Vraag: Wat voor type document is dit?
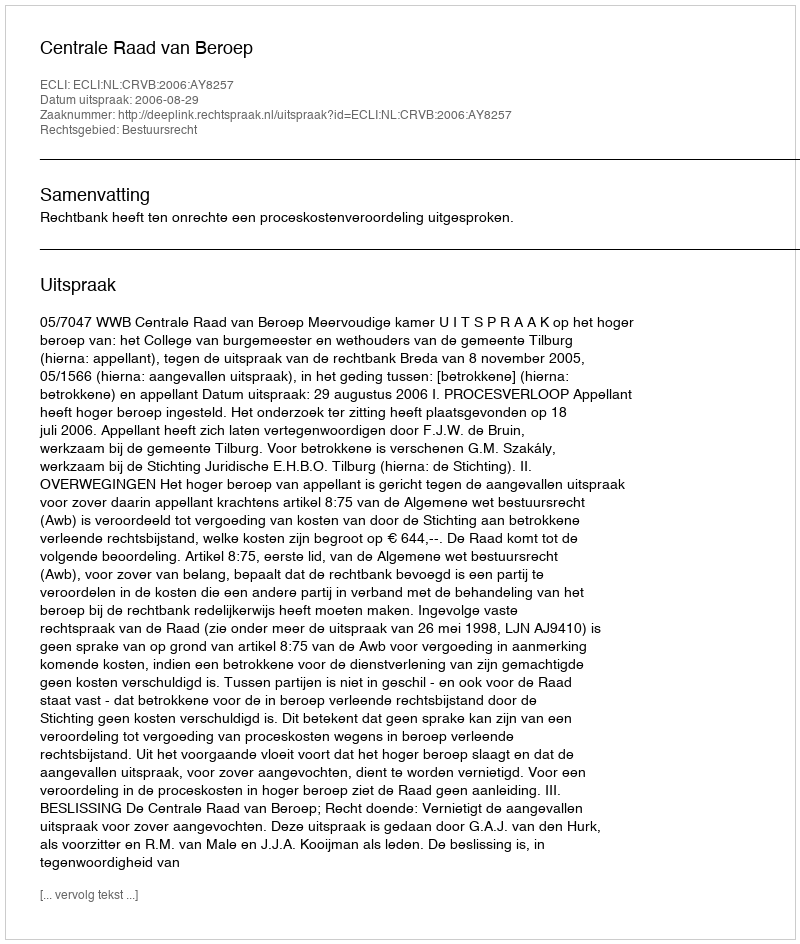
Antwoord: Uitspraak